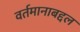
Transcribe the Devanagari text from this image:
वर्तमानाबद्दल